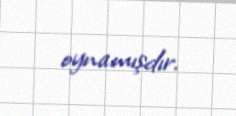
oynamışdır.